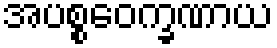
အပစ္စဝေက္ခဏာယ